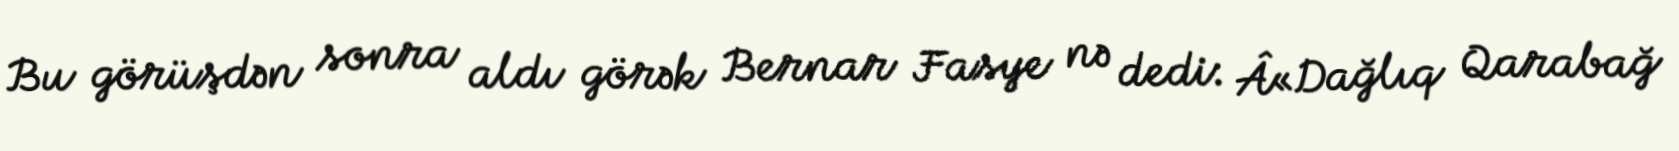
Bu görüşdən sonra aldı görək Bernar Fasye nə dedi: Â«Dağlıq Qarabağ